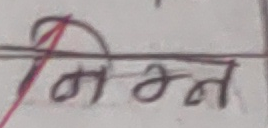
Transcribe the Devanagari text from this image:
निम्मन